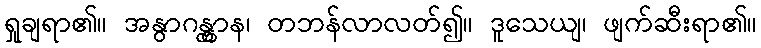
ရှုချရာ၏။ အနွာဂန္တွာန၊ တဘန်လာလတ်၍။ ဒူသေယျ၊ ဖျက်ဆီးရာ၏။